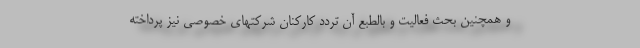
و همچنین بحث فعالیت و بالطبع آن تردد کارکنان شرکتهای خصوصی نیز پرداخته